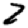
Digit: 2